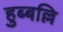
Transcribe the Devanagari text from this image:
हुब्बल्लि